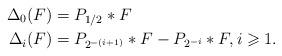
LaTeX: \begin{align*}\Delta_0(F) & = P_{1/2} \ast F\\\Delta_i(F) & = P_{2^{-(i+1)}} \ast F - P_{2^{-i}} \ast F, i \geqslant 1.\end{align*}